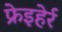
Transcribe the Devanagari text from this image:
फ्रेइहेर्र